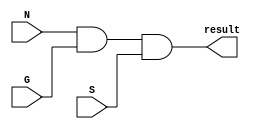
//----------------------------------------------------------------------------------
//  Fall2020__CS4341-502(206)__HW1
//  Name(Last,First)  : Ziaei, Armin
//
//  Modules           : Problem6, Problem12, AND, OR, XOR, NOT, NAND, NOR, XNOR /3bit truth-table
//  Software version  : Icarus Verilog version 11.0 (http://iverilog.icarus.com/)(http://bleyer.org/icarus/)
//----------------------------------------------------------------------------------
module fAND(N,G,S,result);            //Module AND
input N,G,S;
output result;
reg result;
always @ (N,G,S,result) begin
result= (N&G&S);
end
endmodule                             //Module End
//----------------------------------------------------------------------
module fOR(N,G,S,result);             //Module OR
input N,G,S;                        
output result;                        
reg result;                           
always @ (N,G,S,result) begin          
result= (N|G|S);                 
end                                
endmodule                              //Module End
//----------------------------------------------------------------------
module fXOR(N,G,S,result);             //Module XOR
input N,G,S;                        
output result;                        
reg result;                           
always @ (N,G,S,result) begin          
result= (N^G^S);                 
end                                
endmodule                              //Module End
//----------------------------------------------------------------------
module fNOT(N,G,S,result);             //Module NOT
input N,G,S;                        
output result;                        
reg result;                           
always @ (N,G,S,result) begin          
result= (!N)&(!G)&(!S);                 
end                                
endmodule                             //Module End
//----------------------------------------------------------------------
module fNAND(N,G,S,result);           //Module NAND
input N,G,S;                        
output result;                        
reg result;                           
always @ (N,G,S,result) begin          
result= !(N&G&S);                 
end                                
endmodule                             //Module End
//----------------------------------------------------------------------
module fNOR(N,G,S,result);            //Module NOR
input N,G,S;                        
output result;                        
reg result;                           
always @ (N,G,S,result) begin          
result= !(N|G|S);                 
end                                
endmodule                             //Module End
//----------------------------------------------------------------------
module fXNOR(N,G,S,result);           //Module XNOR
input N,G,S;                        
output result;                        
reg result;                           
always @ (N,G,S,result) begin          
result= !(N^G^S);                 
end                                
endmodule                             //Module End
//----------------------------------------------------------------------
module fPSix(N,G,S,result);           //Module f(N,G,S)=(N'G')'(N'S')'(G'S')'
input N,G,S;                        
output result;                        
reg result;                           
always @ (N,G,S,result) begin          
result= !(!N&!G)&!(!N&!S)&!(!G&!S);                 
end                                
endmodule                             //Module End
//----------------------------------------------------------------------
module fPTwelve(N,G,S,result);        //Module f(N,G,S)=(NG+NS+GS)
input N,G,S;                        
output result;                        
reg result;                           
always @ (N,G,S,result) begin          
result= (N&G)|(N&S)|(G&S);                 
end                                
endmodule                             //Module End
//----------------------------------------------------------------------

module testbench();

  //Registers act like local variables
  reg [3:0] i; //A loop control for 16 rows of a truth table. 
  reg  a;//The high bit, value of 8
  reg  b;//Value of 4
  reg  c;//The low bit 
  
  //A wire can hold the return of a function
  wire f1;
  wire f2;
  wire f3;
  wire f4;
  wire f5;
  wire f6;
  wire f7;
  wire f8;
  wire f9;


  fPSix    one  (a,b,c,f1);
  fPTwelve two  (a,b,c,f2);
  fAND     three(a,b,c,f3);
  fOR      four (a,b,c,f4);   
  fXOR     five (a,b,c,f5);
  fNOT     six  (a,b,c,f6);
  fNAND    seven(a,b,c,f7);
  fNOR     eight(a,b,c,f8);
  fXNOR    nine (a,b,c,f9);
   

  //main()	
  initial begin
   	
  $display (" #|N|G|S||1|2|3|4|5|6|7|8|9");
  $display ("==+=+=+=+=++=+=+=+=+=+=+=+=");
  
  //A for loop, with register i being the loop control variable.
	for (i = 0; i < 8; i = i + 1) 
	begin//Open the code blook of the for loop
		a=(i/4)%2;//High bit
		b=(i/2)%2;
		c=(i/1)%2;//Low bit	
		  
		#7;//Need a little delay!
		
		$display ("%2d|%1d|%1d|%1d||%1d|%1d|%1d|%1d|%1d|%1d|%1d|%1d|%1d",i,a,b,c,f1,f2,f3,f4,f5,f6,f7,f8,f9);

	end//End of the for loop code block
  $display ("___________________________");
	#10 //A time dealy of 10 time units. Hashtag Delay
	$finish;//A command, not unlike System.exit(0) in Java.
  end  //End the code block of the main (initial)
endmodule //Close the testbench module